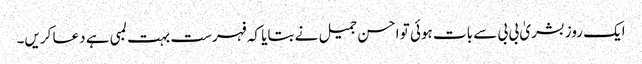
ایک روز بشریٰ بی بی سے بات ہوئی تو احسن جمیل نے بتایا کہ فہرست بہت لمبی ہے دعا کریں۔